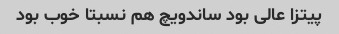
پیتزا عالی بود ساندویچ هم نسبتا خوب بود